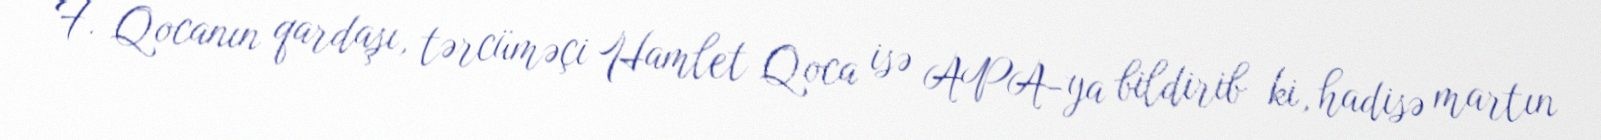
F. Qocanın qardaşı, tərcüməçi Hamlet Qoca isə APA-ya bildirib ki, hadisə martın